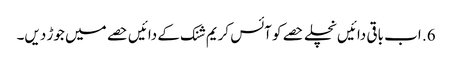
6. اب باقی دائیں نچلے حصے کو آئس کریم شنک کے دائیں حصے میں جوڑ دیں۔